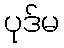
ပုဒ်မ